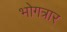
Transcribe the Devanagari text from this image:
भोगत्रार